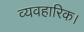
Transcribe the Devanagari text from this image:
व्यवहारिक।